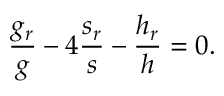
\frac { g _ { r } } { g } - 4 \frac { s _ { r } } { s } - \frac { h _ { r } } { h } = 0 .